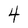
Character: 4